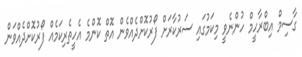
ގާސިމް އިބްރާހީމް ހުންނެވީ މިކަމުގައި ސަރުކާރަށް ފޯރުކޮށްދެއްވެން އޮތް ކޮންމެ އެހީތެރިކަމެއް ފޯރުކޮށްދެއްވަން